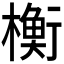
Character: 𬄴